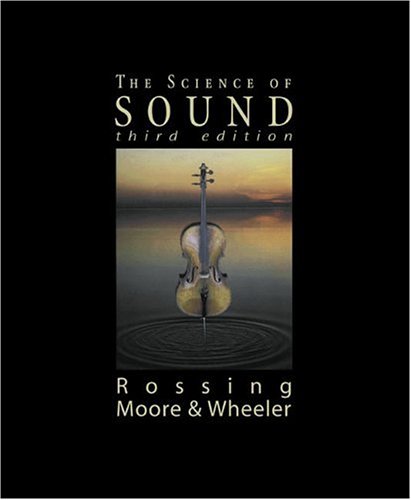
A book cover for The Science of Sound, 3rd Edition; Thomas D. Rossing; Science & Math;